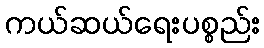
ကယ်ဆယ်ရေးပစ္စည်း